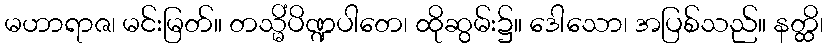
မဟာရာဇ၊ မင်းမြတ်။ တသ္မိံပိဏ္ဍပါတေ၊ ထိုဆွမ်း၌။ ဒေါသော၊ အပြစ်သည်။ နတ္ထိ၊